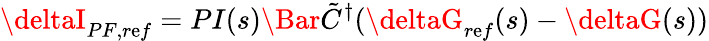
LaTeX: \deltaI_{PF,r\mathrm{e}f}=PI(s)\Bar{\tilde{{C}}}^{\dagger}(\deltaG_{r\mathrm{e}f}(s)-\deltaG(s))